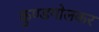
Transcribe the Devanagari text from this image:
कुण्डगोलकर